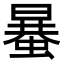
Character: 𧏒